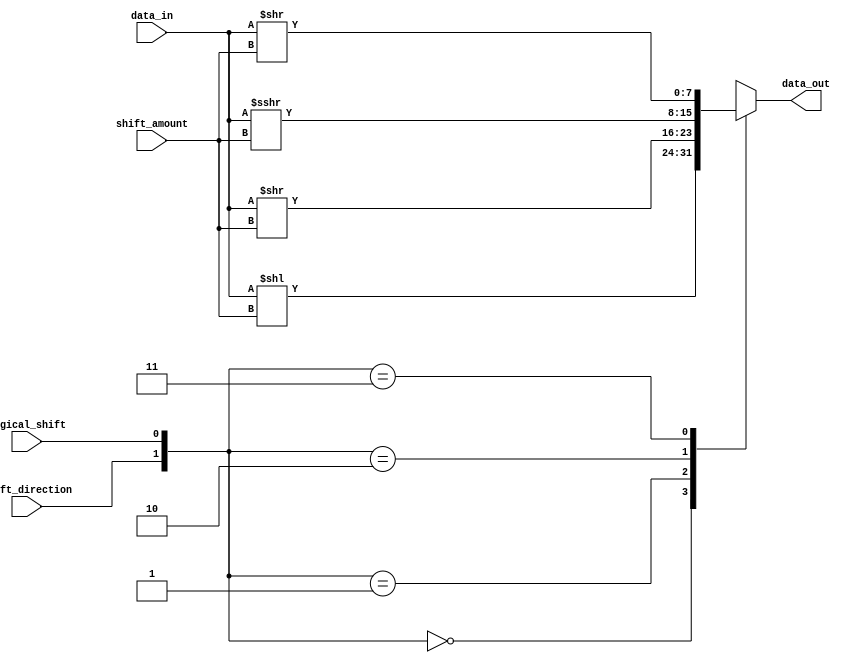
module barrel_shifter(
    input [7:0] data_in,
    input [2:0] shift_amount,
    input shift_direction,
    input logical_shift,
    output reg [7:0] data_out
);

always @(*) begin
    case({shift_direction, logical_shift})
        2'b00: data_out = data_in << shift_amount;
        2'b01: data_out = data_in >> shift_amount;
        2'b10: data_out = $signed(data_in) >>> shift_amount;
        2'b11: data_out = $signed(data_in) >> shift_amount;
    endcase
end

endmodule